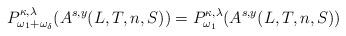
LaTeX: \begin{align*}P^{\kappa,\lambda}_{\omega_1+\omega_\delta}(A^{s,y}(L,T,n, S))= P^{\kappa,\lambda}_{\omega_1}(A^{s,y}(L,T,n, S))\end{align*}